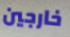
خارجين